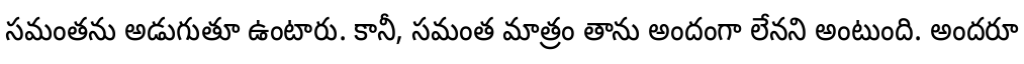
సమంతను అడుగుతూ ఉంటారు. కానీ, సమంత మాత్రం తాను అందంగా లేనని అంటుంది. అందరూ